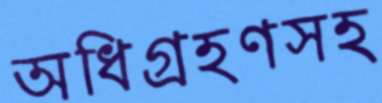
অধিগ্রহণসহ